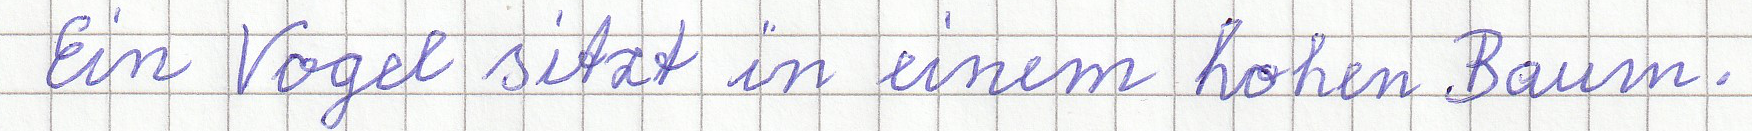
Ein Vogel sitzt in einem hohen Baum.